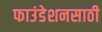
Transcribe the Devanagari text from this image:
फाउंडेशनसाठी